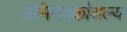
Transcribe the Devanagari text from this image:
अभिनयकौशल्य